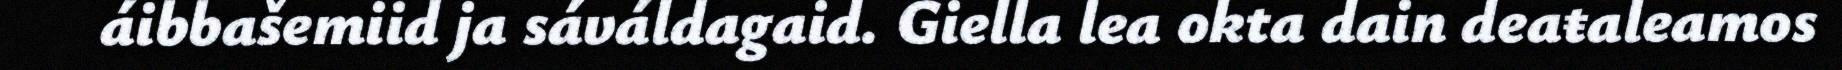
áibbašemiid ja sáváldagaid. Giella lea okta dain deaŧaleamos